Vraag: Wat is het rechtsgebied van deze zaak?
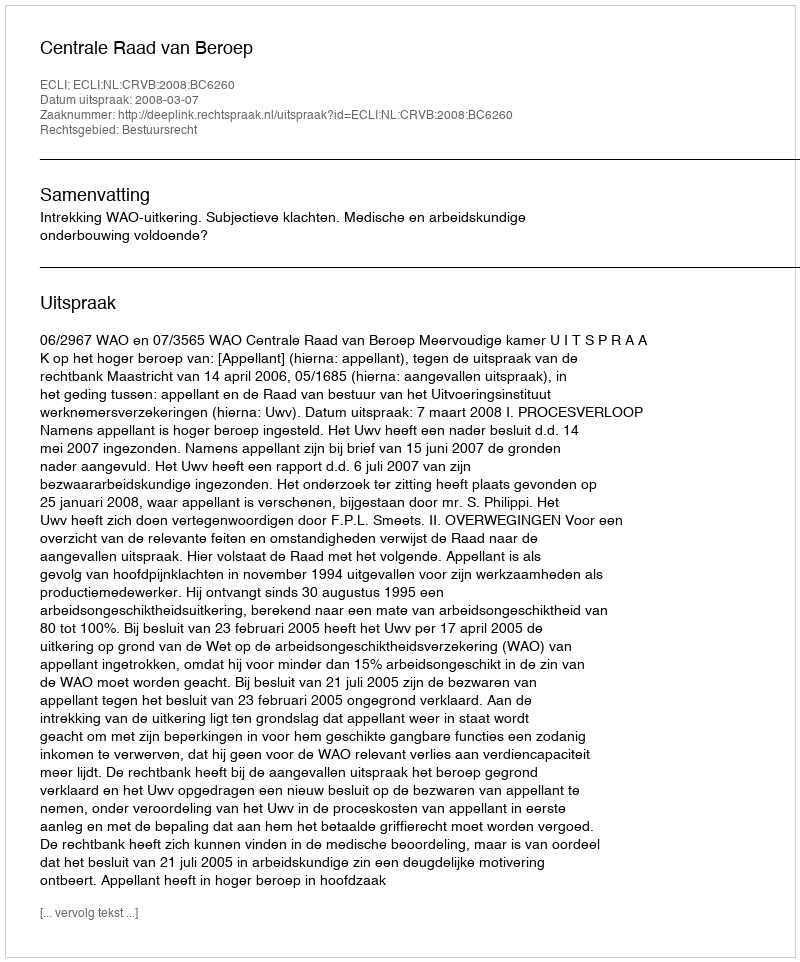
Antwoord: Bestuursrecht